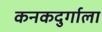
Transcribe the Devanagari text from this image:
कनकदुर्गाला